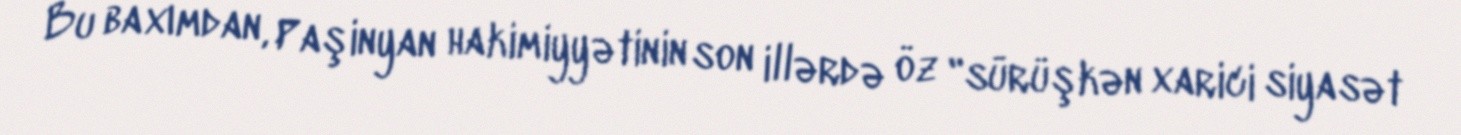
Bu baxımdan, Paşinyan hakimiyyətinin son illərdə öz "sürüşkən xarici siyasət